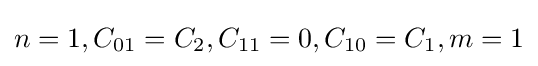
n=1,C_{01}=C_{2},C_{11}=0,C_{10}=C_{1},m=1